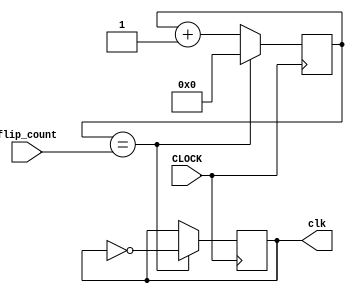
`timescale 1ns / 1ps
//////////////////////////////////////////////////////////////////////////////////
// Company: 
// Engineer: 
// 
// Design Name: 
// Module Name: precise_clk
// Project Name: 
// Target Devices: 
// Tool Versions: 
// Description: 
// 
// Dependencies: 
// 
// Revision:
// Revision 0.01 - File Created
// Additional Comments:
// 
//////////////////////////////////////////////////////////////////////////////////


module precise_clk(
input CLOCK,
    input [31:0] flip_count,//33670032
    output reg clk = 0
    );
    
    // create clock for 25Mhz checkin
    reg [31:0] counter = 32'b0;
    

    
    always @ (posedge CLOCK) begin
        counter <= (counter == flip_count) ? 0 : counter + 1;
        clk <= (counter == flip_count)? ~clk: clk;
        
    end
endmodule